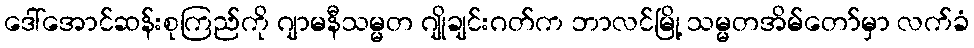
ဒေါ်အောင်ဆန်းစုကြည်ကို ဂျာမနီသမ္မတ ဂျိုချင်းဂတ်က ဘာလင်မြို့ သမ္မတအိမ်တော်မှာ လက်ခံ